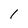
Character: 1